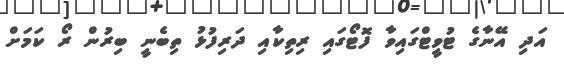
އަދި އޭނާގެ ޓުވީޓްގައިވާ ފޮޓޯގައި ރިތިކާއި ދަރިފުޅު ތިބެނީ ބިރުން ރޯ ކަމަށް